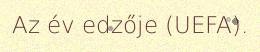
Az év edzője (UEFA).